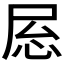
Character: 𫵝